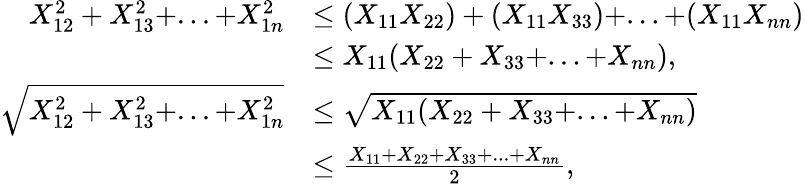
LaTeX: \begin{array}{rl}{X_{12}^{2}+X_{13}^{2}+...+X_{1n}^{2}}&{\leq(X_{11}X_{22})+(X_{11}X_{33})+...+(X_{11}X_{nn})}\\ &{\leq X_{11}(X_{22}+X_{33}+...+X_{nn}),}\\ {\sqrt{X_{12}^{2}+X_{13}^{2}+...+X_{1n}^{2}}}&{\leq\sqrt{X_{11}(X_{22}+X_{33}+...+X_{nn})}}\\ &{\leq\frac{X_{11}+X_{22}+X_{33}+...+X_{nn}}{2},}\end{array}